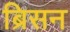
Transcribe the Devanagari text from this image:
ब्रिसन